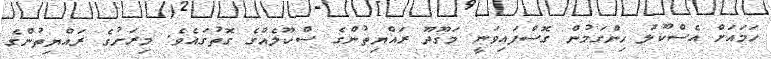
ހަމައަށް އެސްކޫލު ހިންގަމުން ގޮސްފައިވަނީ މަގޫދޫ ރައްޔިތުންގެ ސްކޫލެއްގެ ގޮތުގައެވެ. މިރަށުގެ ރައްޔިތުންގެ